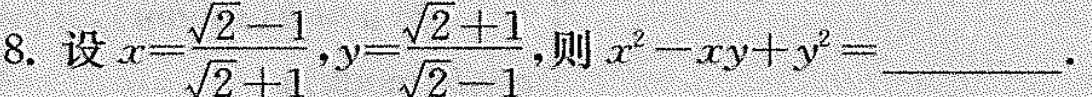
8.设 $$x = \frac { \sqrt { 2 } - 1 } { \sqrt { 2 } + 1 }$$,$$y = \frac { \sqrt { 2 } + 1 } { \sqrt { 2 } - 1}$$,则 $$x ^ { 2 } - x y + y ^ { 2 } =$$___.